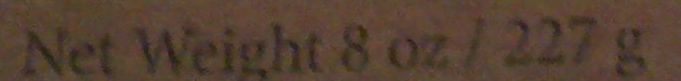
Net Weight 8 oz / 227 g